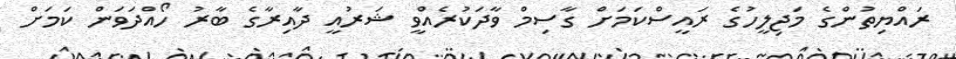
ރައްޔިތުންގެ މަޖިލީހުގެ ރައީސްކަމަށް ގާސިމް ވާދަކުރެއްވީ ޝަރުއީ ދާއިރާގެ ބާރު ހޯއްދަވަން ކަމަށް